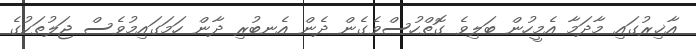
އާޚިރުގައި މާދަމާ އެމީހުން ބަލިވެ ގޮތްހުސްވެގެން ދެން އެނބުރި ދާން ހަމަގައިމުވެސް ޖަލުތަކުގެ